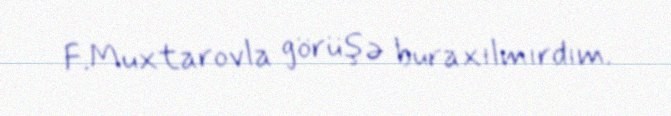
F.Muxtarovla görüşə buraxılmırdım.